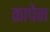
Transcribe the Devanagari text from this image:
कापेन